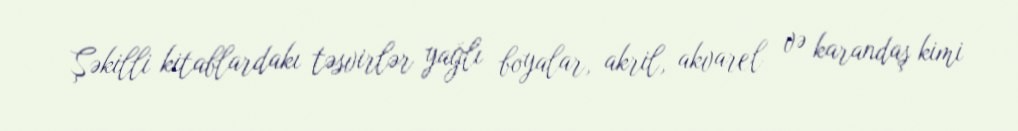
Şəkilli kitablardakı təsvirlər yağlı boyalar, akril, akvarel və karandaş kimi